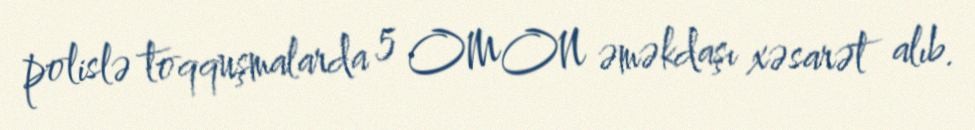
polislə toqquşmalarda 5 OMON əməkdaşı xəsarət alıb.